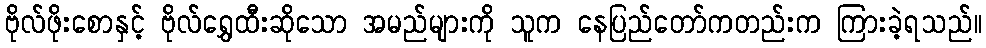
ဗိုလ်ဖိုးစောနှင့် ဗိုလ်ရွှေထီးဆိုသော အမည်များကို သူက နေပြည်တော်ကတည်းက ကြားခဲ့ရသည်။